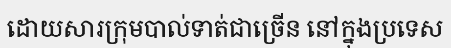
ដោយសារក្រុមបាល់ទាត់ជាច្រើន នៅក្នុងប្រទេស